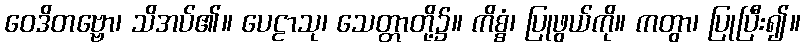
ဝေဒိတဗ္ဗော၊ သိအပ်၏။ ပေဠာသု၊ သေတ္တာတို့၌။ ကိစ္စံ၊ ပြုဖွယ်ကို။ ကတွာ၊ ပြုပြီး၍။